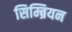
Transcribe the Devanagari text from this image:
सिम्ब्रियन